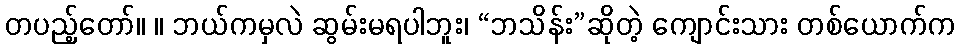
တပည့်တော်။ ။ ဘယ်ကမှလဲ ဆွမ်းမရပါဘူး၊ “ဘသိန်း”ဆိုတဲ့ ကျောင်းသား တစ်ယောက်က